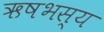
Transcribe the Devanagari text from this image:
ऋषभस्य